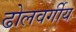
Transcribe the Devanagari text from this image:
ढोलवर्गीय